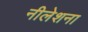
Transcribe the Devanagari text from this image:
नीलेशना